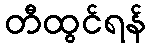
တီထွင်ရန်